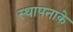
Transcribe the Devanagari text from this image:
स्थापनाके